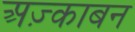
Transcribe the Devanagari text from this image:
अज़्काबन